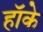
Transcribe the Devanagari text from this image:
हॉके